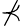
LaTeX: \nprec